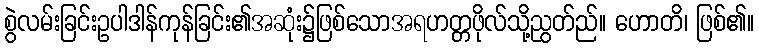
စွဲလမ်းခြင်းဥပါဒါန်ကုန်ခြင်း၏အဆုံး၌ဖြစ်သောအရဟတ္တဖိုလ်သို့ညွတ်ည်။ ဟောတိ၊ ဖြစ်၏။